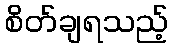
စိတ်ချရသည့်